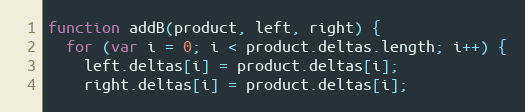
Language: JavaScript
function addB(product, left, right) {
  for (var i = 0; i < product.deltas.length; i++) {
    left.deltas[i] = product.deltas[i];
    right.deltas[i] = product.deltas[i];